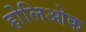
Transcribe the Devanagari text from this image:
होलिओक